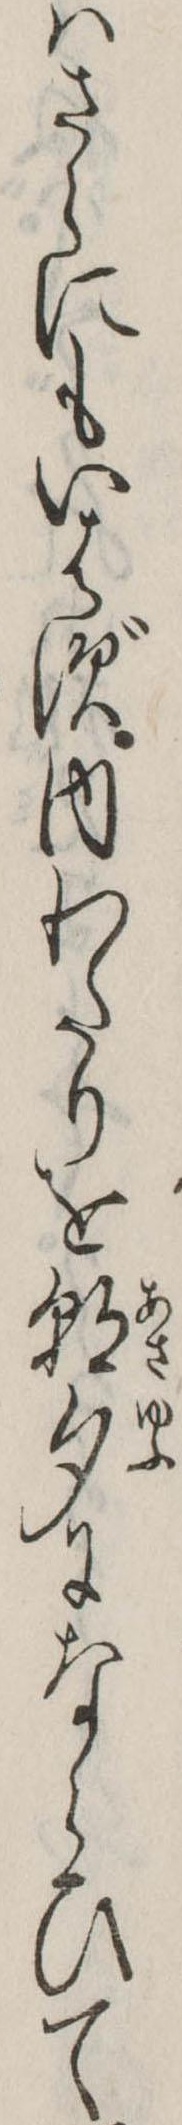
はさらにもいはず内わたりを朝夕にならひて